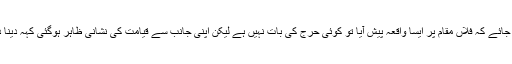
اگر اس بات کو بحیثت خبر نشر کی جائے کہ فلاں مقام پر ایسا واقعہ پیش آیا تو کوئی حرج کی بات نہیں ہے لیکن اپنی جانب سے قیامت کی نشانی ظاہر ہوگئی کہہ دینا دینی امور میں حد سے گزرجاناہے ۔